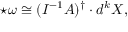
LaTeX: \star \omega \cong ( I ^ { - 1 } A ) ^ { \dagger } \cdot d ^ { k } X ,